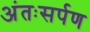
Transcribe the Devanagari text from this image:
अंतःसर्पण